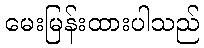
မေးမြန်းထားပါသည်